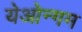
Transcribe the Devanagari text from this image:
येओन्गम